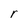
Character: r